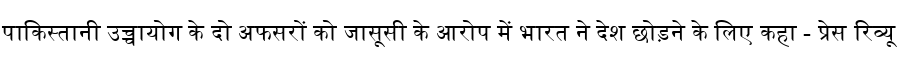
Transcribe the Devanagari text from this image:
पाकिस्तानी उच्चायोग के दो अफसरों को जासूसी के आरोप में भारत ने देश छोड़ने के लिए कहा - प्रेस रिव्यू